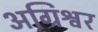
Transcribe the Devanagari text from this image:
अग्रिश्वर